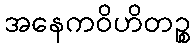
အနေကဝိဟိတဉ္စ